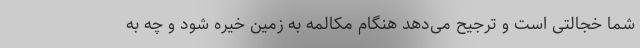
شما خجالتی است و ترجیح می‌دهد هنگام مکالمه به زمین خیره شود و چه به